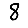
Digit: 8